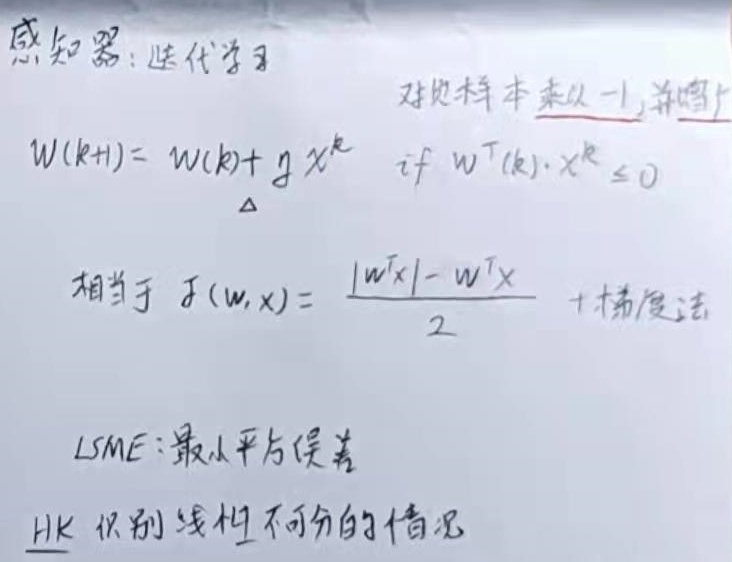
感知器：迭代学习
\[W(k + 1)= W(k)+ gX^{k}\quad
\begin{cases}
\text{对负样本乘以}-1，并加上\\
\text{if }W^{T}(k)\cdot X^{k}\leq0
\end{cases}
\]
相当于 \(J(W,X)=\frac{\lvert W^{T}X\rvert - W^{T}X}{2}+\text{梯度法}\)

LSME：最小平方误差

HK：识别线性不可分的情况